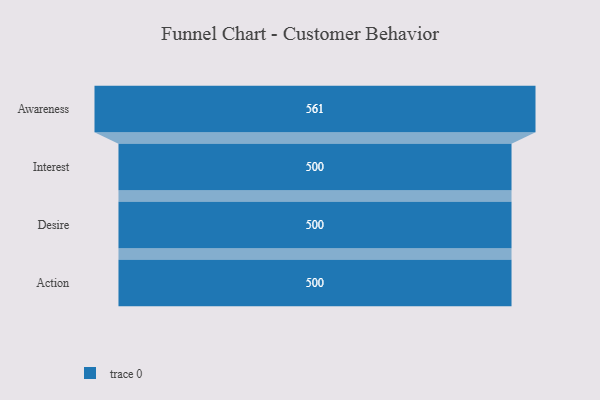
{"axis": {"x": "Stage", "y": "Value"}, "legend": [""], "data": [{"x": "Awareness", "y": 561.0, "type": ""}, {"x": "Interest", "y": 500, "type": ""}, {"x": "Desire", "y": 500, "type": ""}, {"x": "Action", "y": 500, "type": ""}]}